Source: Handwritten
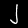
Digit: ၂ (2)